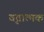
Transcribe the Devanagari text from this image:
वृतात्मक